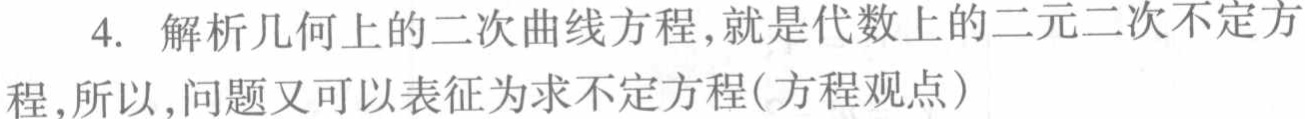
4. 解析几何上的二次曲线方程,就是代数上的二元二次不定方程,所以,问题又可以表征为求不定方程(方程观点)